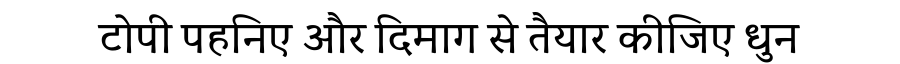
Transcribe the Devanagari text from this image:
टोपी पहनिए और दिमाग से तैयार कीजिए धुन